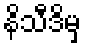
နိသီဒိမှ